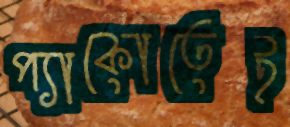
প্যাকোতেই